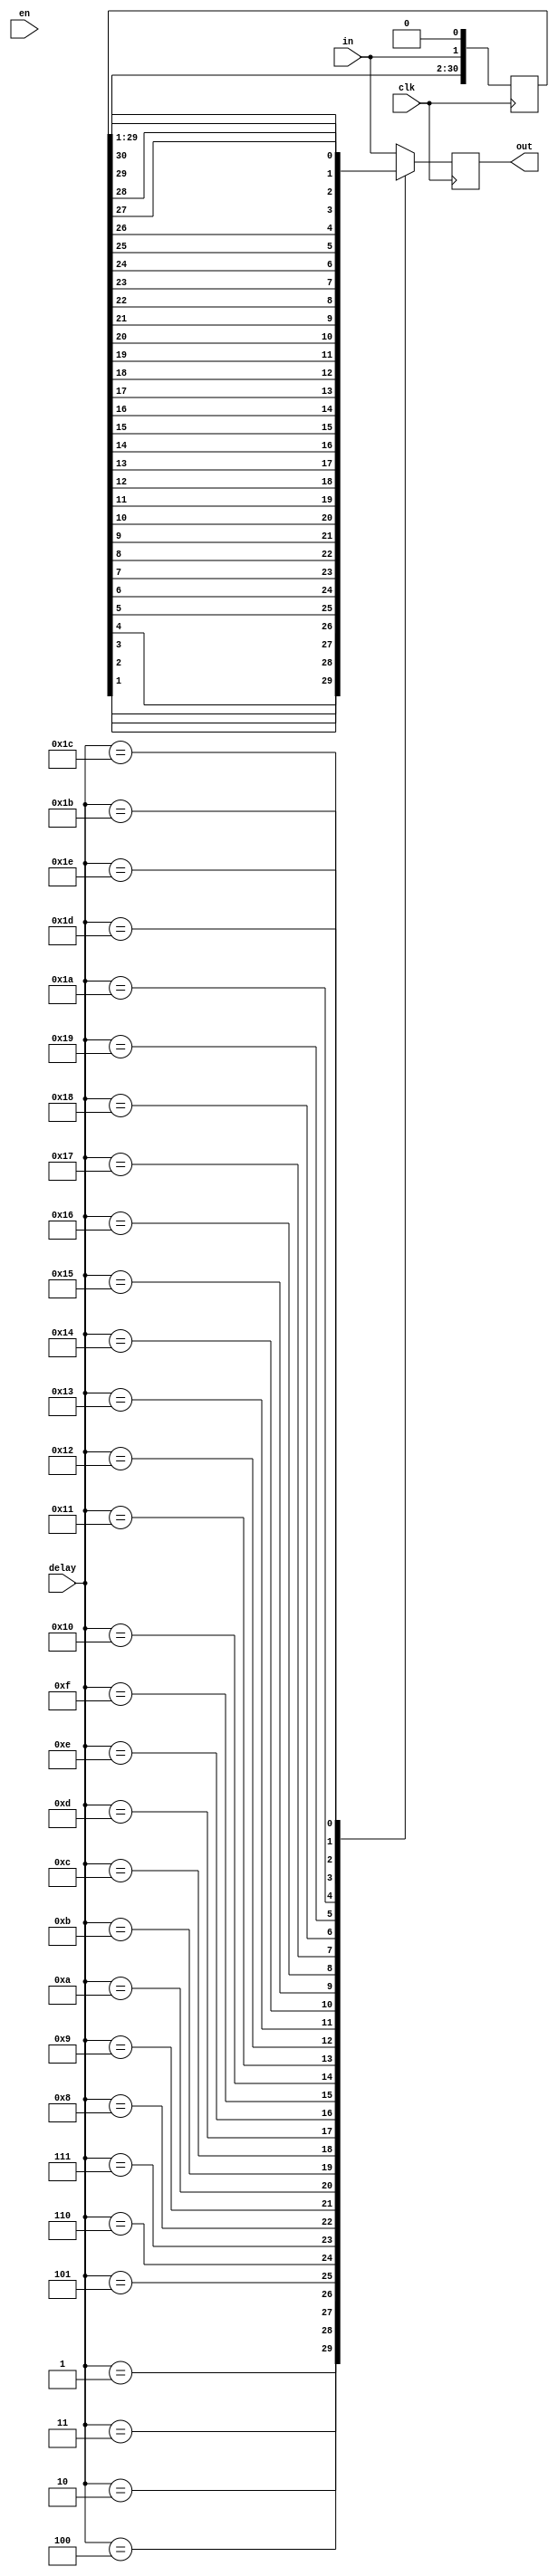
module rt_var_delay #(

      //===================
      // local parameters
      //===================
      parameter DATA_WIDTH   = 1,
      parameter INITAL_DELAY = 1,
      parameter DELAY_LEN    = 32
   ) (
      //=============
      // local regs
      //=============
      input clk,
      input en,
      input in,
      input [4:0] delay,
      
      //==============
      // local wires
      //==============
      output out
   );

   reg [DELAY_LEN-1:0] shift_reg;
   reg out;

   always@(posedge clk) begin
      shift_reg[0] = in;
      shift_reg    = shift_reg<<1;
      case (delay[4:0])
         5'd0 : out = shift_reg[ 1];
         5'd1 : out = shift_reg[ 2];
         5'd2 : out = shift_reg[ 3];
         5'd3 : out = shift_reg[ 4];
         5'd4 : out = shift_reg[ 5];
         5'd5 : out = shift_reg[ 6];
         5'd6 : out = shift_reg[ 7];
         5'd7 : out = shift_reg[ 8];
         5'd8 : out = shift_reg[ 9];
         5'd9 : out = shift_reg[10];
         5'd10: out = shift_reg[11];
         5'd11: out = shift_reg[12];
         5'd12: out = shift_reg[13];
         5'd13: out = shift_reg[14];
         5'd14: out = shift_reg[15];
         5'd15: out = shift_reg[16];
         5'd16: out = shift_reg[17];
         5'd17: out = shift_reg[18];
         5'd18: out = shift_reg[19];
         5'd19: out = shift_reg[20];
         5'd20: out = shift_reg[21];
         5'd21: out = shift_reg[22];
         5'd22: out = shift_reg[23];
         5'd23: out = shift_reg[24];
         5'd24: out = shift_reg[25];
         5'd25: out = shift_reg[26];
         5'd26: out = shift_reg[27];
         5'd27: out = shift_reg[28];
         5'd28: out = shift_reg[29];
         5'd29: out = shift_reg[30];
         5'd30: out = shift_reg[31];
         default: out = in;
      endcase
   end

endmodule